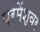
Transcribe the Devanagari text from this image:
परमेंश्वर